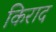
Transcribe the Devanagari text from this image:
किराद